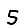
Digit: 5